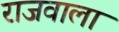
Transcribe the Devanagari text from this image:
राजवाला